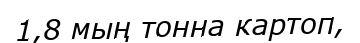
1,8 мың тонна картоп,